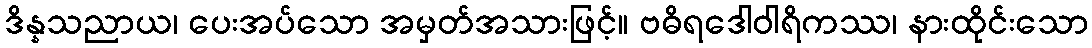
ဒိန္နသညာယ၊ ပေးအပ်သော အမှတ်အသားဖြင့်။ ဗဓိရဒေါဝါရိကဿ၊ နားထိုင်းသော